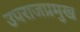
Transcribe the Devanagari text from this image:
उपराजप्रमुख